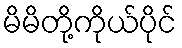
မိမိတို့ကိုယ်ပိုင်